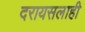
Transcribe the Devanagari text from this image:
दरायसलाही